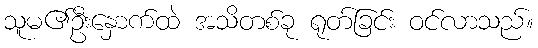
သူမ၏ဦးနှောက်ထဲ အသိတစ်ခု ရုတ်ခြင်း ဝင်လာသည်။